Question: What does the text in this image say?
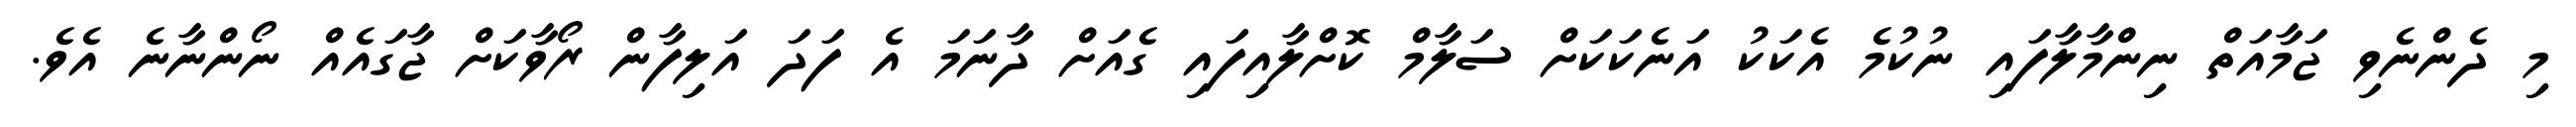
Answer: މި ދެންނެވި ޖަމާއަތް ނިންމާލާފައި ނުކުމެ އެކަކު އަނެކަކަށް ސަލާމް ކޮށްލާއިފައި ގެއަށް ދާނަމަ އެ ފަދަ އަލިފާން ރޯވާކަށް ޖާގައެއް ނޯންނާނެ އެވެ.